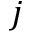
j